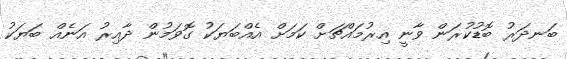
ބަނދަރު ބޮޑުކުރަން ވާނީ އިރުމައްޗަށް ކަމަށް އެއްބަޔަކު ގޮވަމުން ދާއިރު އަނެއް ބަޔަކު